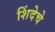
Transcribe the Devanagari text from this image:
शिंदेचे